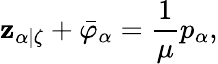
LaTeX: \mathbf{z}_{\alpha|\zeta}+\bar{{\varphi}}_{\alpha}=\frac{{1}}{{\mu}}p_{\alpha},